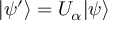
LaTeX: | \psi ^ { \prime } \rangle = U _ { \alpha } | \psi \rangle